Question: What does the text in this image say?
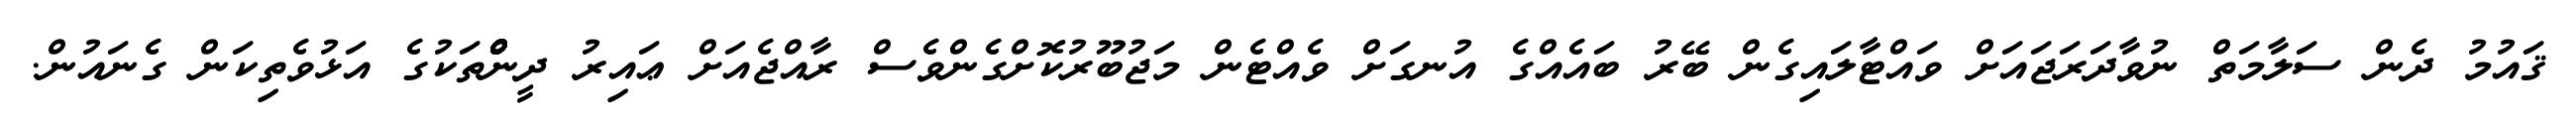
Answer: ޤައުމު ދެން ސަލާމަތް ނުވާދަރަޖައަށް ވައްޓާލައިގެން ބޭރު ބައެއްގެ އުނގަށް ވެއްޓެން މަޖުބޫރުކޮށްގެންވެސް ރާއްޖެއަށް ޢައިރު ދީންްްްްްްްތަކުގެ އަޅުވެތިކަން ގެނައުން.